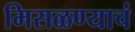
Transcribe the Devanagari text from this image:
मिसळण्याचं